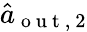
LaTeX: \hat{a}_{\mathrm{~o~u~t~,~}2}